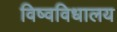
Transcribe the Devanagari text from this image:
विष्वविधालय